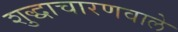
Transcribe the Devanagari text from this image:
शुद्धाचारणवाले